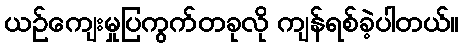
ယဉ်ကျေးမှုပြကွက်တခုလို ကျန်ရစ်ခဲ့ပါတယ်။